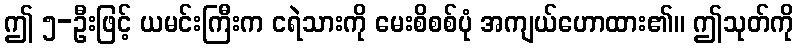
ဤ ၅-ဦးဖြင့် ယမင်းကြီးက ငရဲသားကို မေးစိစစ်ပုံ အကျယ်ဟောထား၏။ ဤသုတ်ကို